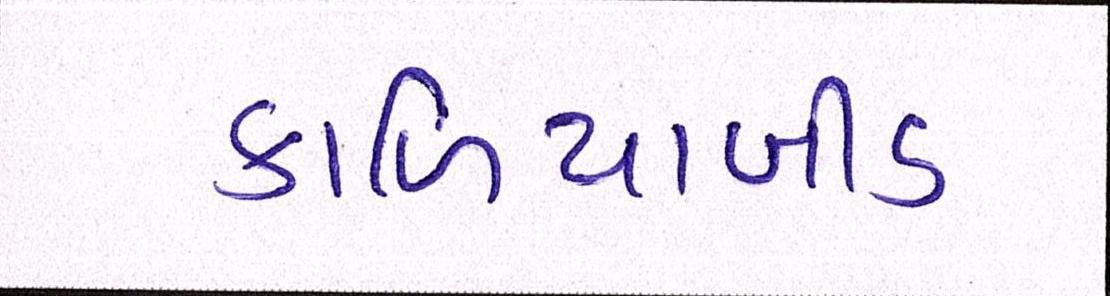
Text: કાળિયાબીડ